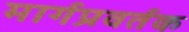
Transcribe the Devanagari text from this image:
मार्गप्रवर्तक